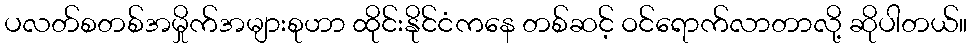
ပလတ်စတစ်အမှိုက်အများစုဟာ ထိုင်းနိုင်ငံကနေ တစ်ဆင့် ဝင်ရောက်လာတာလို့ ဆိုပါတယ်။